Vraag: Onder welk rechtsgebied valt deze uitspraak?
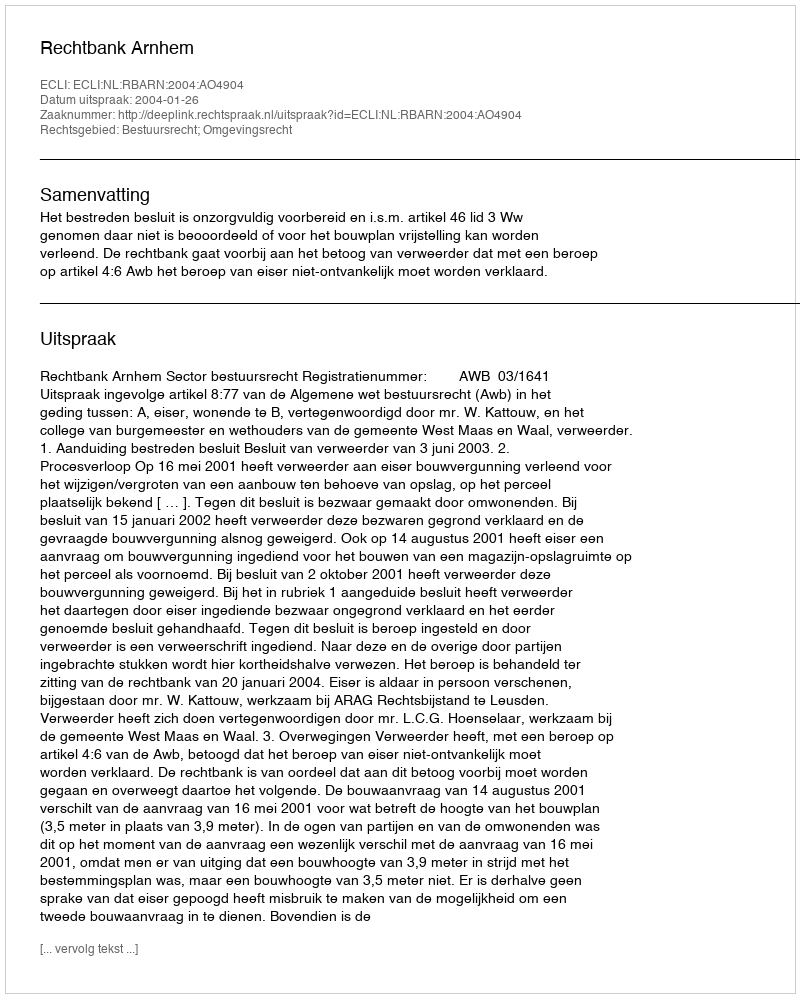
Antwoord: Bestuursrecht; Omgevingsrecht